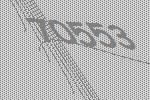
70553